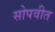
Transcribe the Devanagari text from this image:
सोपवीत